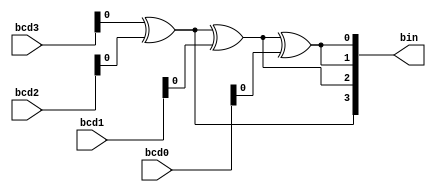
module bcd2bin (
    input [3:0] bcd3, bcd2, bcd1, bcd0, 
  output reg [13:0] bin               
);

    
    xor x1 (bin[3], bcd3, bcd2);        
    xor x2 (bin[2], bin[3], bcd1);       
    xor x3 (bin[1], bin[2], bcd0);       
    xor x4 (bin[0], bin[1], 0);         

endmodule